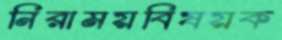
নিরাময়বিষয়ক